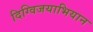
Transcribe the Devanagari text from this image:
दिग्विजयाभियान